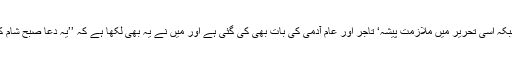
شاید آپ نے مضمون سے صرف موجودہ واقعات کے جو امثال دیئے گئے ہیں ان کو پکڑ لیا جبکہ اسی تحریر میں ملازمت پیشہ‘ تاجر اور عام آدمی کی بات بھی کی گئی ہے اور میں نے یہ بھی لکھا ہے کہ ’’یہ دعا صبح شام کی مسنون دعاؤں میں شامل ہے لیکن افسوس کہ آج ہم عام مسلمانوں کا اس پر عمل نہیں رہا تو۔